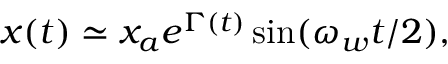
\begin{array} { r } { x ( t ) \simeq x _ { a } e ^ { \Gamma ( t ) } \sin ( \omega _ { w } t / 2 ) \mathrm { , } } \end{array}